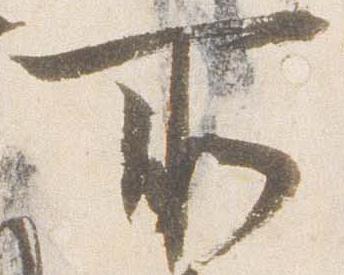
所